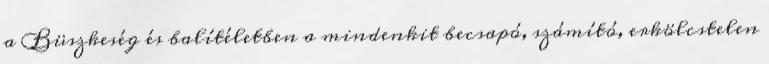
a Büszkeség és balítéletben a mindenkit becsapó, számító, erkölcstelen